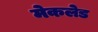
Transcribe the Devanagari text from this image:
मेकलेड